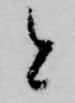
と